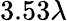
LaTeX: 3.53\lambda